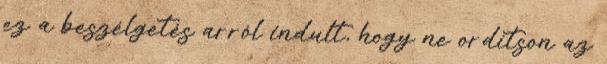
ez a beszélgetés arról indult, hogy ne ordítson az